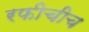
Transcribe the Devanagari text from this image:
रफीचीच